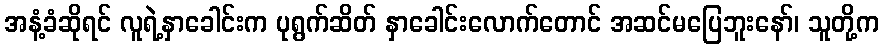
အနံ့ခံဆိုရင် လူရဲ့နှာခေါင်းက ပုရွက်ဆိတ် နှာခေါင်းလောက်တောင် အဆင်မပြေဘူးနော်၊ သူတို့က